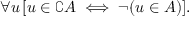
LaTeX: \forall u \, [ u \in \complement A \iff \neg ( u \in A ) ] .